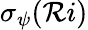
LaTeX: \sigma_{\psi}(\mathcal{R}i)